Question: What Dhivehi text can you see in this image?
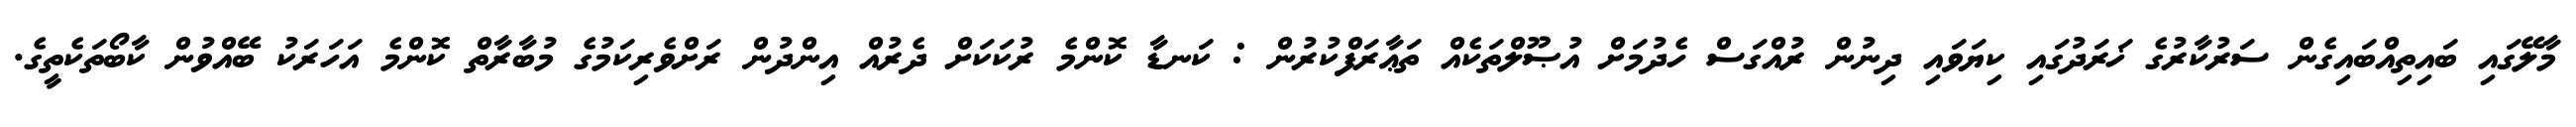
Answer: މާލޭގައި ބައިތިއްބައިގެން ސަރުކާރުގެ ޚަރަދުގައި ކިޔަވައި ދިނުން ރުއްގަސް ހެދުމަށް އުޞޫލްތަކެއް ތަޢާރަފްކުރުން : ކަނޑާ ކޮންމެ ރުކަކަށް ދެރުއް އިންދުން ރަށްވެރިކަމުގެ މުބާރާތް ކޮންމެ އަހަރަކު ބޭއްވުން ކާބޯތަކެތީގެ.